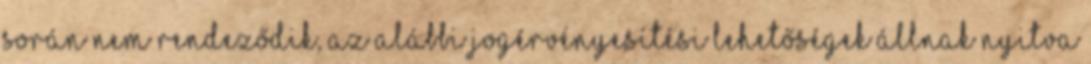
során nem rendeződik, az alábbi jogérvényesítési lehetőségek állnak nyitva